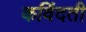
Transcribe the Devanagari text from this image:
कविंदती